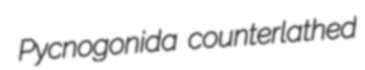
Pycnogonida counterlathed